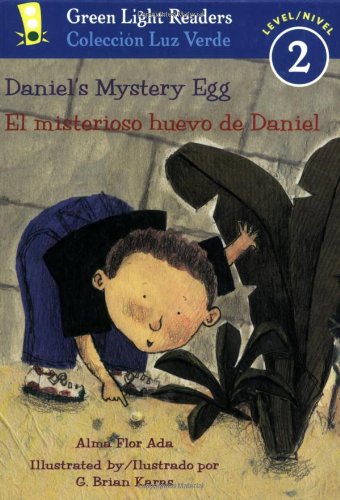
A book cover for Daniel's Mystery Egg/El misterioso huevo de Daniel (Green Light Readers Level 2) (Spanish and English Edition); Alma Flor Ada; Children's Books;